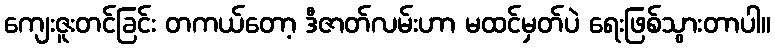
ကျေးဇူးတင်ခြင်း တကယ်တော့ ဒီဇာတ်လမ်းဟာ မထင်မှတ်ပဲ ရေးဖြစ်သွားတာပါ။